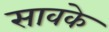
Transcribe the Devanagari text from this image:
सावके